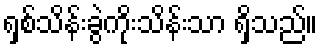
ရှစ်သိန်းခွဲကိုးသိန်းသာ ရှိသည်။